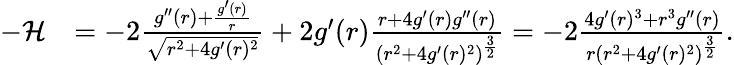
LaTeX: \begin{array}{rl}{-\mathcal{H}}&{=-2\frac{g^{\prime\prime}(r)+\frac{g^{\prime}(r)}{r}}{\sqrt{r^{2}+4g^{\prime}(r)^{2}}}+2g^{\prime}(r)\frac{r+4g^{\prime}(r)g^{\prime\prime}(r)}{(r^{2}+4g^{\prime}(r)^{2})^{\frac{3}{2}}}=-2\frac{4g^{\prime}(r)^{3}+r^{3}g^{\prime\prime}(r)}{r(r^{2}+4g^{\prime}(r)^{2})^{\frac{3}{2}}}.}\end{array}